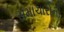
સમાચારોની